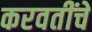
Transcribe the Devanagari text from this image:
करवतींचे